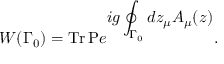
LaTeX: W ( \Gamma _ { 0 } ) = \mathrm { T r \, P } e ^ { \displaystyle i g \oint _ { \Gamma _ { 0 } } d z _ { \mu } A _ { \mu } ( z ) } .